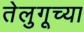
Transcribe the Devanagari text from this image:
तेलुगूच्या